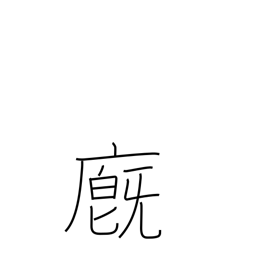
Meaning: barn